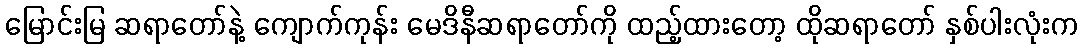
မြောင်းမြ ဆရာတော်နဲ့ ကျောက်ကုန်း မေဒိနီဆရာတော်ကို ထည့်ထားတော့ ထိုဆရာတော် နှစ်ပါးလုံးက